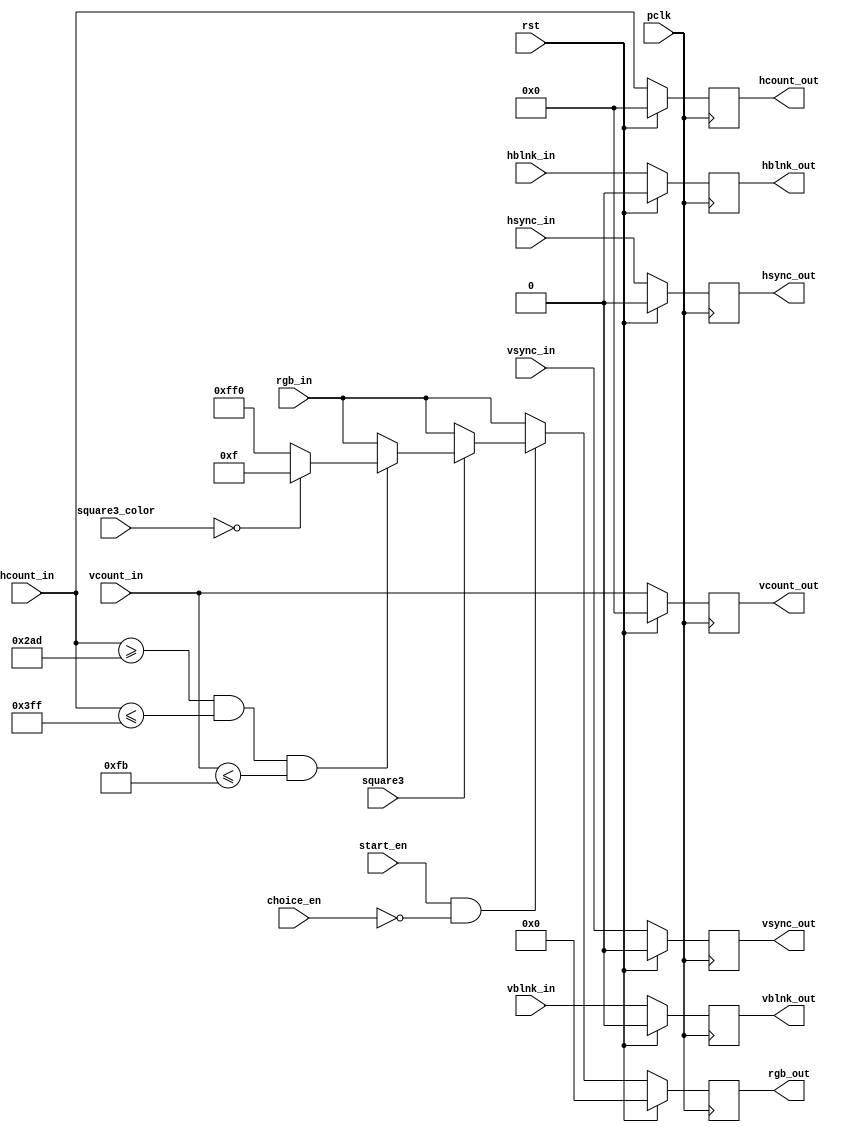
`timescale 1ns / 1ps
//////////////////////////////////////////////////////////////////////////////////
// Company: AGH UST
// Engineers: Hubert Kwaniewski, Marcin Mistela
// 
// Design Name: 
// Module Name: draw_square3
// Project Name: Tic-tac-toe game
// Target Devices: 
// Tool Versions: 
// Description: 
// 
// Dependencies: 
// 
// Revision:
// Revision 0.01 - File Created
// Additional Comments:
// 
//////////////////////////////////////////////////////////////////////////////////


module draw_square3(
    output reg [10:0] vcount_out,
    output reg [10:0] hcount_out,
    output reg hsync_out,
    output reg hblnk_out,
    output reg vsync_out,
    output reg vblnk_out,
    output reg [11:0] rgb_out,
    input wire pclk,
    input wire [10:0] hcount_in,
    input wire hsync_in,
    input wire hblnk_in,
    input wire [10:0] vcount_in,
    input wire vsync_in,
    input wire vblnk_in,
    input wire [11:0] rgb_in,
    input wire rst,
    input wire square3,
    input wire start_en,
    input wire choice_en,
    input wire [11:0] square3_color
    );
    
    reg [11:0] rgb_out_nxt;
    reg hsync_out_nxt;
    reg vsync_out_nxt;
    reg [10:0] hcount_out_nxt;
    reg [10:0] vcount_out_nxt;
    reg hblnk_out_nxt;
    reg vblnk_out_nxt;
    
    localparam BLUE   = 12'h0_0_f,
               YELLOW = 12'hf_f_0;
    
    
    always@(posedge pclk)
    begin
        if(rst)
        begin
            vcount_out <= 0;
            hcount_out <= 0;
            hsync_out  <= 0;
            vsync_out  <= 0;
            hblnk_out  <= 0;
            vblnk_out  <= 0;
            rgb_out    <= 0;
        end
        else
        begin
            vcount_out <= vcount_out_nxt;
            hcount_out <= hcount_out_nxt;
            hsync_out  <= hsync_out_nxt;
            vsync_out  <= vsync_out_nxt;
            hblnk_out  <= hblnk_out_nxt;
            vblnk_out  <= vblnk_out_nxt;
            rgb_out    <= rgb_out_nxt;
        end
     end
    
    
    always@*
    begin
        vcount_out_nxt = vcount_in;
        hcount_out_nxt = hcount_in;
        hsync_out_nxt = hsync_in;
        hblnk_out_nxt = hblnk_in;
        vsync_out_nxt = vsync_in;
        vblnk_out_nxt = vblnk_in;
       
        if((start_en && (~choice_en)))
        begin
            if(square3 == 1)
            begin
                if((hcount_in >= 685) && (hcount_in <= 1023) && (vcount_in <= 251))
                begin
                    if(square3_color == 0)
                        rgb_out_nxt = BLUE;
                    else
                        rgb_out_nxt = YELLOW;
                end
                else
                    rgb_out_nxt = rgb_in;
            end
            else
                rgb_out_nxt = rgb_in; 
        end
        else
            rgb_out_nxt = rgb_in;
    end
    
endmodule